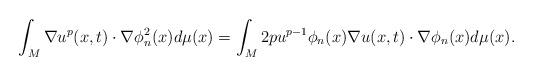
LaTeX: \begin{align*}\int_M \nabla u^p(x,t) \cdot \nabla \phi_n^2(x) d\mu(x) = \int_M 2pu^{p-1} \phi_n(x)\nabla u(x,t) \cdot \nabla \phi_n(x) d\mu(x).\end{align*}